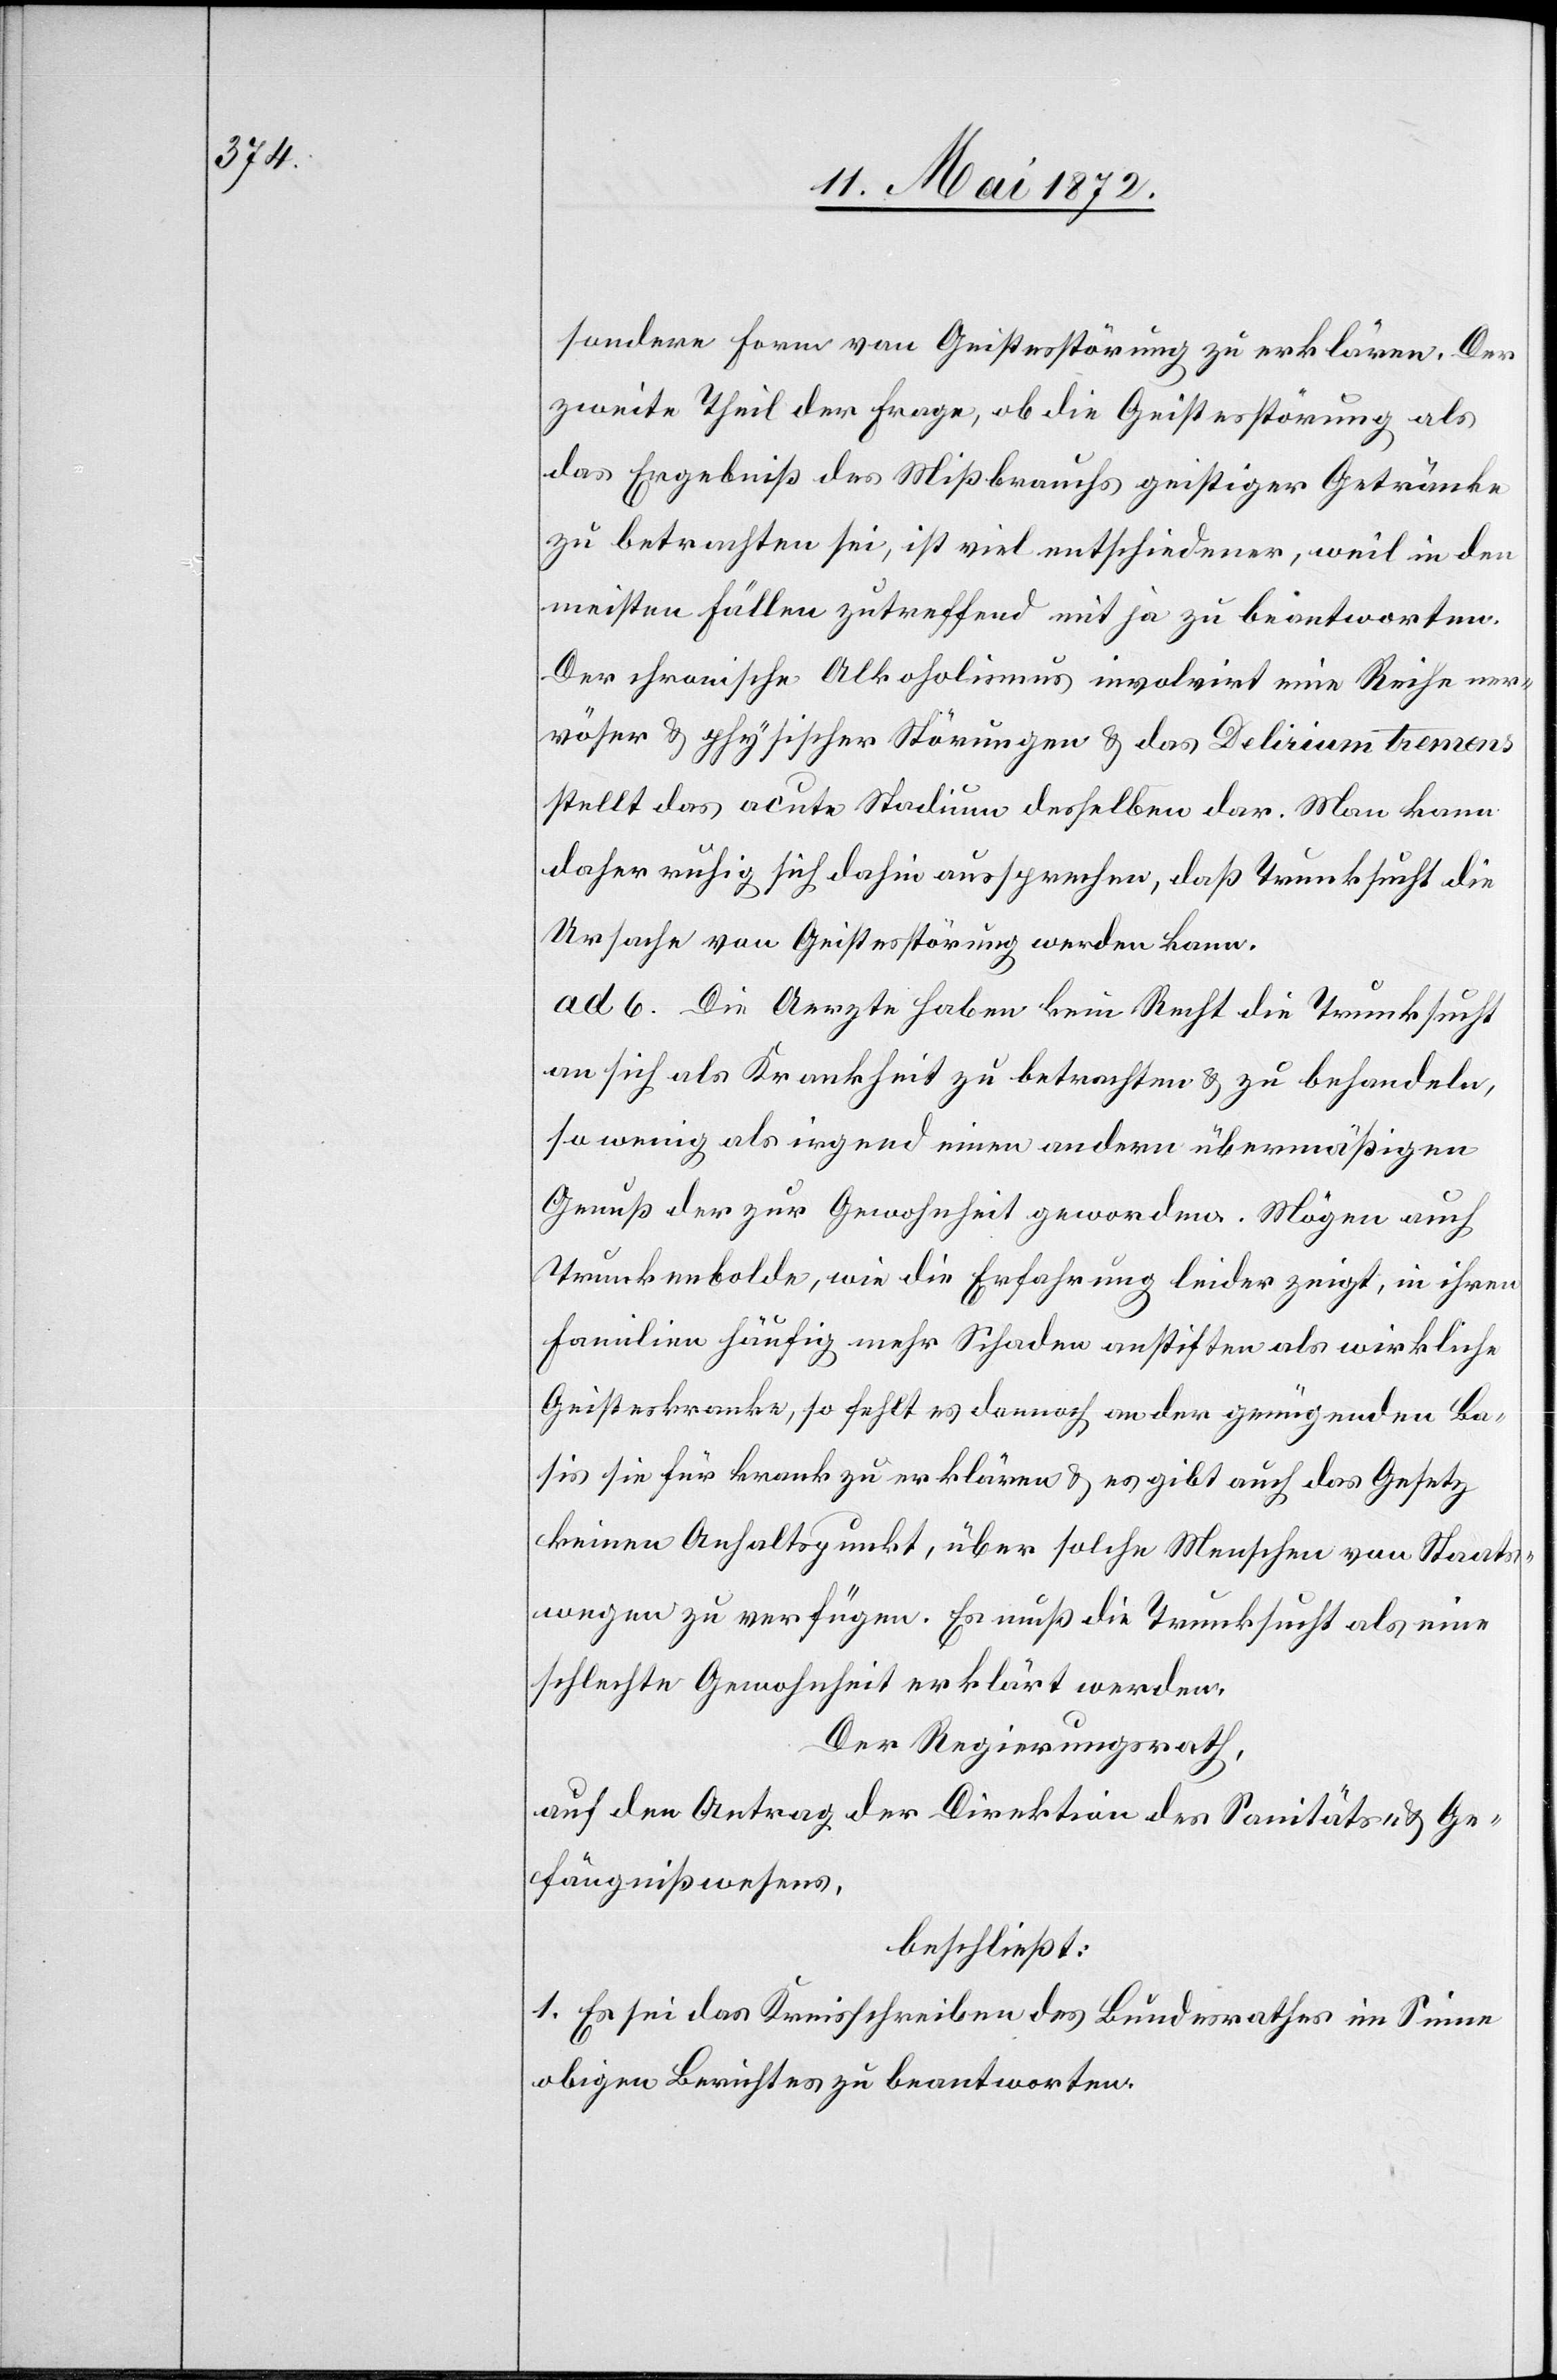
sondere Form von Geistesstörung zu erklären. Der
zweite Theil der Frage, ob die Geistesstörung als
das Ergebniß des Mißbrauchs geistiger Getränke
zu betrachten sei, ist viel entschiedener, weil in den
meisten Fällen zutreffend mit ja zu beantworten.
Der chronische Alkoholismus involvirt eine Reihe ner¬
vöser u. physischer Störungen u. das Delirium tremens
stellt das acute Stadium desselben dar. Man kann
daher ruhig sich dahin aussprechen, daß Trunksucht die
Ursache von Geistesstörung werden kann.
ad 6. Die Aerzte haben kein Recht die Trunksucht
an sich als Krankheit zu betrachten u. zu behandeln,
so wenig als irgend einen andern übermäßigen
Genuß der zur Gewohnheit geworden. Mögen auch
Trunkenbolde, wie die Erfahrung leider zeigt, in ihren
Familien häufig mehr Schaden anstiften als wirkliche
Geisteskranke, so fehlt es dennoch an der genügenden Ba¬
sis[,] sie für krank zu erklären u. es gibt auch das Gesetz
keinen Anhaltspunkt, über solche Menschen von Staats¬
wegen zu verfügen. Es muß die Trunksucht als eine
schlechte Gewohnheit erklärt werden.
Der Regierungsrath,
auf den Antrag der Direktion des Sanitäts- u. Ge¬
fängnißwesens,
beschließt:
1. Es sei das Kreisschreiben des Bundesrathes im Sinne
obigen Berichtes zu beantworten.